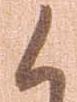
候